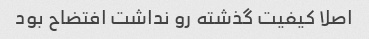
اصلا کیفیت گذشته رو نداشت افتضاح بود